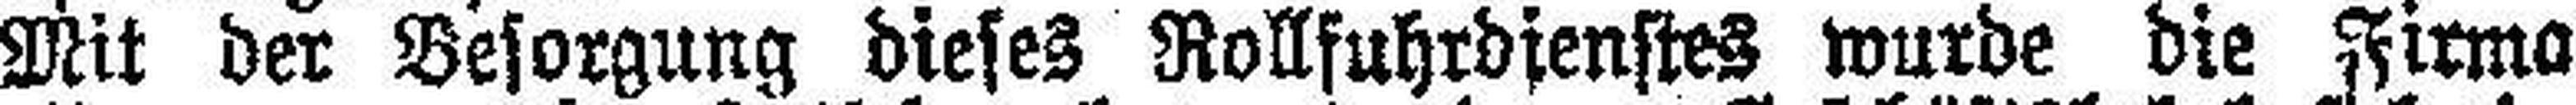
Mit der Besorgung dieses Rollfuhrdienstes wurde die Firma